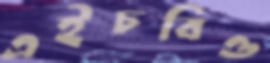
এইচবিও